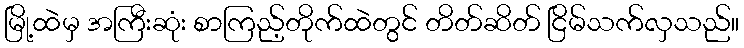
မြို့ထဲမှ အကြီးဆုံး စာကြည့်တိုက်ထဲတွင် တိတ်ဆိတ် ငြိမ်သက်လှသည်။